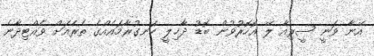
އޭނާ ވަނީ ސީރިއާ ލޭ އޮހޮރުވުން ބޮޑު ދާޚިލީ ހަނގުރާމައެއްގެ ތެރެއަށް ވެއްޓިދާނެ